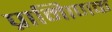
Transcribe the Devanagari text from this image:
प्रामािणक